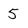
Character: 5